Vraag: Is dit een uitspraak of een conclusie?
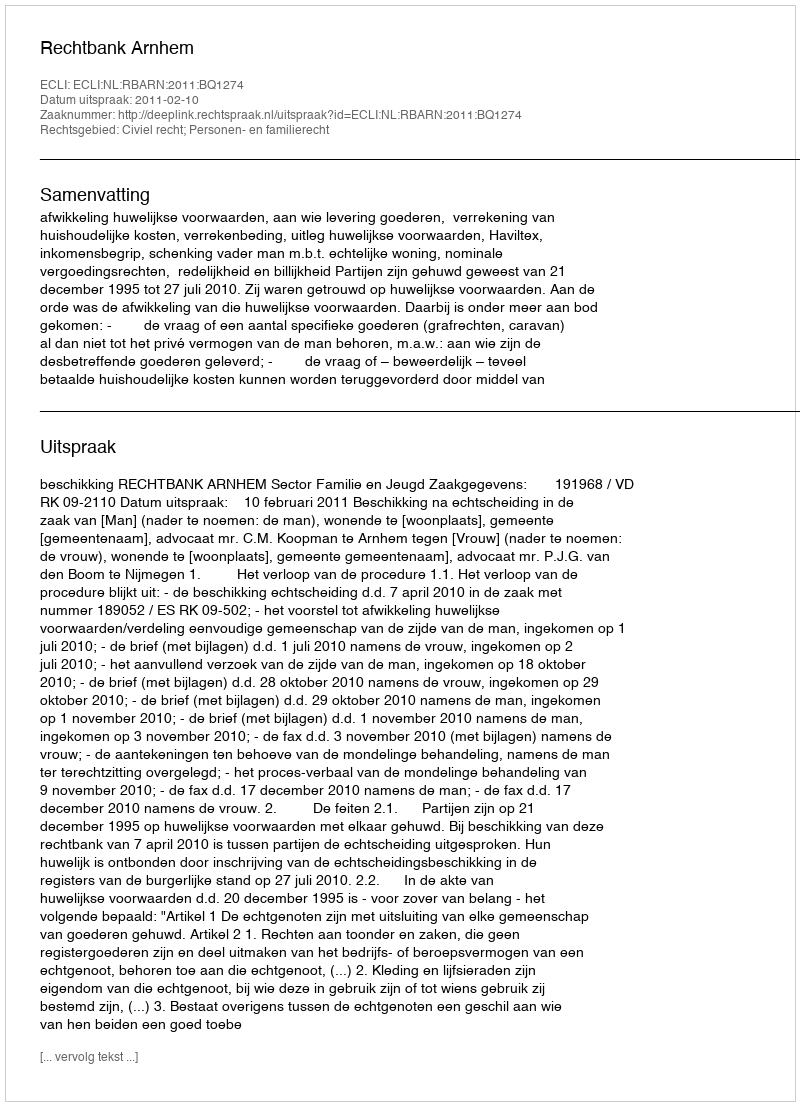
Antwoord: Uitspraak